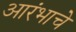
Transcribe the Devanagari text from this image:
आरंभाचे